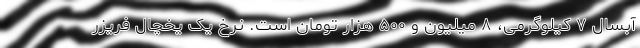
آبسال ۷ کیلوگرمی، ۸ میلیون و ۵۰۰ هزار تومان است. نرخِ یک یخچال فریزر